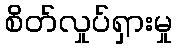
စိတ်လှုပ်ရှားမှု